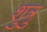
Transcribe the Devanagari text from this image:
शुत्रु